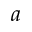
a